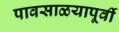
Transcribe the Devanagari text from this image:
पावसाळयापूर्वी